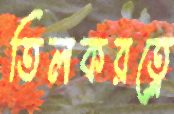
তিলকরত্নে